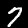
Label: 7